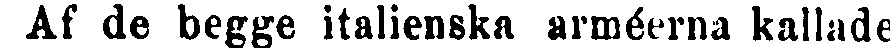
Af de begge italienska arméerna kallade